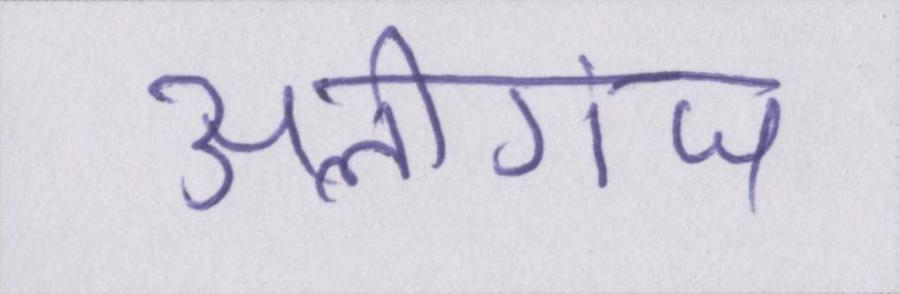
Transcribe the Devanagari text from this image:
अलीगंज